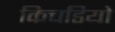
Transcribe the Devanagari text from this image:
किचडियो